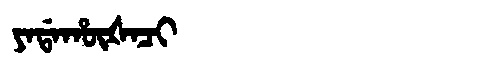
Manchu: ᠶᠠᡩᠠᡥᡡᡧᠠᠴᡳ
Romanization: YADAHŪŠACI